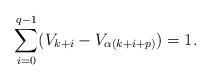
\begin{align*}\sum_{i=0}^{q-1} (V_{k+i}-V_{\alpha(k+i+p)}) = 1.\end{align*}